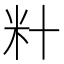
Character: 籵